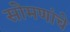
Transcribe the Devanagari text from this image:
सोमणांचे